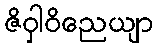
ဇိဝှါဝိညေယျာ